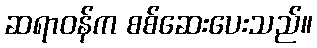
ဆရာဝန်က စစ်ဆေးပေးသည်။